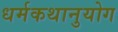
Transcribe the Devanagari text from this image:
धर्मकथानुयोग